Report of the Municipal Commissioner on the plague in Bombay for the year ending 31st May... - Volume 2
Disease focus: Plague
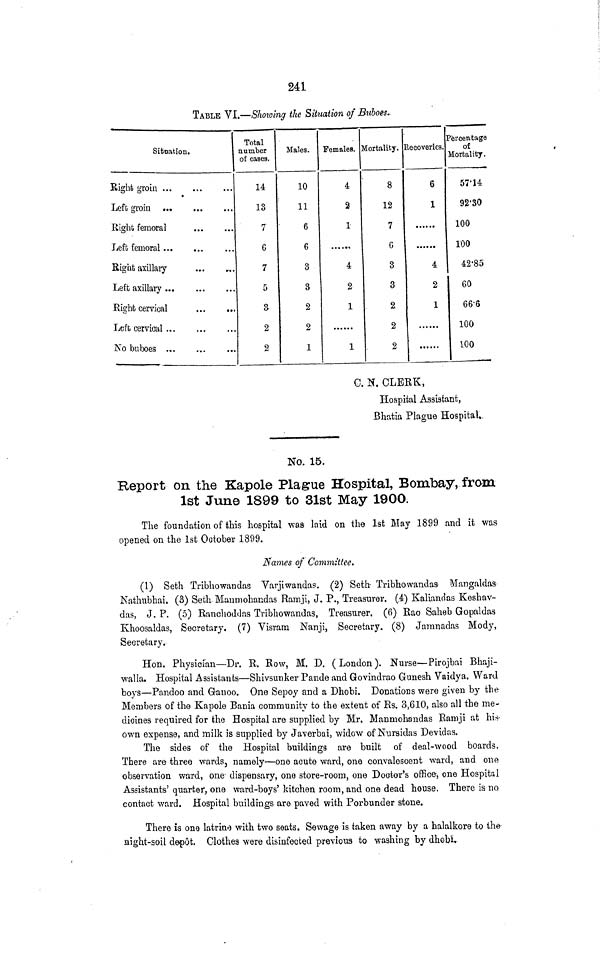
241
TABLE VI,—Showing the Situation of Buloes..
Situation.
Right groin
Left groin
Right femora]
Left femoral
Right axillary
Left axillary
Right cervical
...
...
Left cervical
No buboes .„.
Total
a umber
of cases.
14
13
7
6
7
5
a
2
2
Males.
10
11
6
6
3
3
2
2
1
Females.
4
2
1
4
2
1
1
Mortality .
8
12
7
C
3
3
2,
2
2
Recoveries.
6
1
4
2
1
Percentage
of
Mortality.
57'14
92'SO
100
100
42-85
60
66-6
100
100
C. N. CLERK,
Hospital Assistant,
Bhatia Plague Hospital*.
No. 15.
Report on the Kapole Plague Hospital, Bombay, fro-m
1st June 1899 to 31st May 1900.
The foundation of this hospital was laid on the 1st May 1899 and it was
opened on the 1st October 1899.
Names of Committee.
(1) Seth Tribhowandas Varjiwandas. (2) Seth- Tribhowandas Mangaldas
Nathubhai. (3) Seth Manmohandas Ramji, J. P., Treasurer. (.4) Kaliandas Keshav-
das, J. P. (5) Ranchoddas Tvibhowandas, Treasurer. (6) Rao Saheb G opal das
Khoosaldas, Secretary. (7) Visram Nanji, Secretary. (8) Jaranadas Mody,
Secretary.
Hon. Physician—Dr. R. Row, M. D. (London). Nurse—Pirojbai Bhaji-
walla. Hospital Assistants—Shivsunker Pande and Govindrao Gunesh Vaidya. Ward
boys—Pandoo and Gauoo. One Sepoy and a Dhobi. Donations were given by the
Members of the Kapole Bania community to the extent of Rs. 3,610, also all the me-
dicines required for the Hospital are supplied by Mr. Manmohandas Ramji at hi*
own expense, and milk is supplied by Javerbai, widow of Nnrsidas Devidas.
The sides of the Hospital buildings are built of deal-wood boards.
There are three wards, namely—one acute ward, one convalescent ward, and one
observation ward, one dispensary, one store-room, one Doctor's office, one Hospital
Assistants' quarter, one ward-boys' kitchen room, and one dead house. There is no
contact ward. Hospital buildings are paved with Porbunder stone.
There is one latrine with two seats. Sewage is taken away by a halalkore to the
sight-soil depot. Clothes were disinfected previous to washing by dhobi.